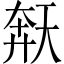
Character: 𫯩